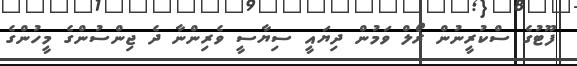
ފޫޓުގެ ސްކުރީނުން ރޯލް ވަމުން ދިޔައީ ސިޔާސީ ވެރިންނާ ދެ ޖިންސުންގެ މީހުންގެ